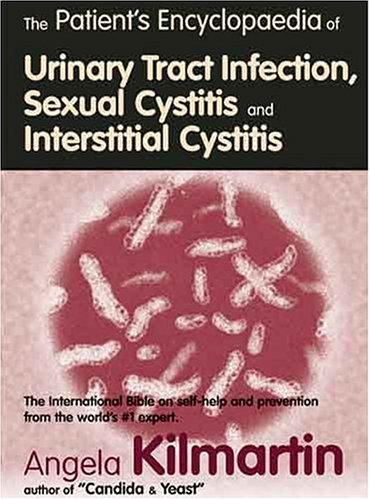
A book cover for Patients Encyclopedia of Urinary Tract Infection, Sexual Cystitis and Interstitial Cystitis: The international bible on self-help; Angela Kilmartin; Health, Fitness & Dieting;